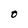
Character: O